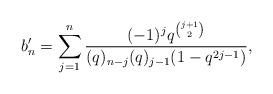
\begin{align*} b'_n = \sum_{j=1}^n \frac{(-1)^jq^{\binom{j+1}{2}}}{(q)_{n-j}(q)_{j-1}(1-q^{2j-1})},\end{align*}